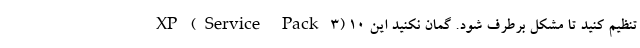
XP (Service Pack ۳) تنظیم کنید تا مشکل برطرف شود. گمان نکنید این ۱۰